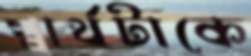
স্বার্থটাকে